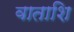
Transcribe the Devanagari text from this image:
वाताशि